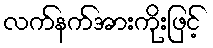
လက်နက်အားကိုးဖြင့်